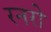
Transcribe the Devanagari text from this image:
रनरो